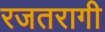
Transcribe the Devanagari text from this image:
रजतरागी